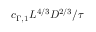
c _ { \Gamma , 1 } L ^ { 4 / 3 } D ^ { 2 / 3 } / \tau